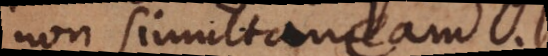
non simultaneam.